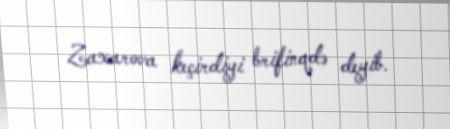
Zaxarova keçirdiyi brifinqdə deyib.